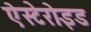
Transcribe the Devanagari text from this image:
ऐस्टेरोइड